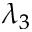
\lambda _ { 3 }